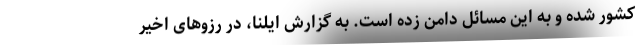
کشور شده و به این مسائل دامن زده است. به گزارش ایلنا، در رزوهای اخیر